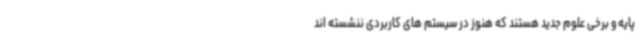
پایه و برخی علوم جدید هستند که هنوز در سیستم های کاربردی ننشسته اند